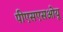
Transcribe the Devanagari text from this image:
पीएसएसओयू